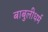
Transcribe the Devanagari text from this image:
बाबुलीधर्म